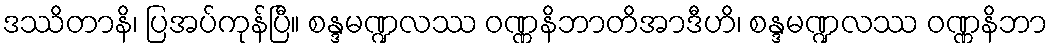
ဒဿိတာနိ၊ ပြအပ်ကုန်ပြီ။ စန္ဒမဏ္ဍလဿ ဝဏ္ဏနိဘာတိအာဒီဟိ၊ စန္ဒမဏ္ဍလဿ ဝဏ္ဏနိဘာ